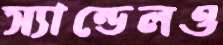
স্যান্ডেলও